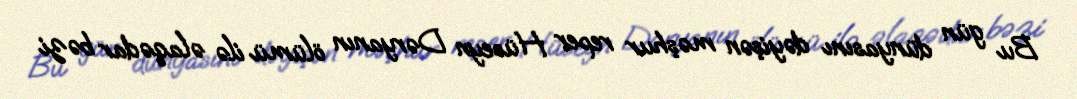
Bu gün dünyasını dəyişən məşhur reper Hüseyn Dəryanın ölümü ilə əlaqədar bəzi